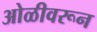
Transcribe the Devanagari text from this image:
ओळीवरून